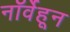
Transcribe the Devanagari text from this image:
नॉर्वेहून